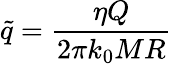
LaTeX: \tilde{q}=\frac{\eta Q}{2\pi k_{0}MR}